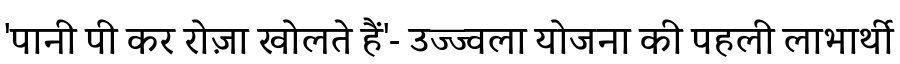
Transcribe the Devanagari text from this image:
'पानी पी कर रोज़ा खोलते हैं'- उज्ज्वला योजना की पहली लाभार्थी